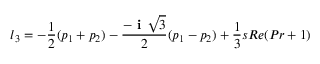
l _ { 3 } = - \frac { 1 } { 2 } ( p _ { 1 } + p _ { 2 } ) - \frac { - \textbf { i } \sqrt { 3 } } { 2 } ( p _ { 1 } - p _ { 2 } ) + \frac { 1 } { 3 } s R e ( P r + 1 )